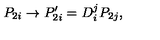
P _ { 2 i } \rightarrow P _ { 2 i } ^ { \prime } = D _ { i } ^ { j } P _ { 2 j } ,